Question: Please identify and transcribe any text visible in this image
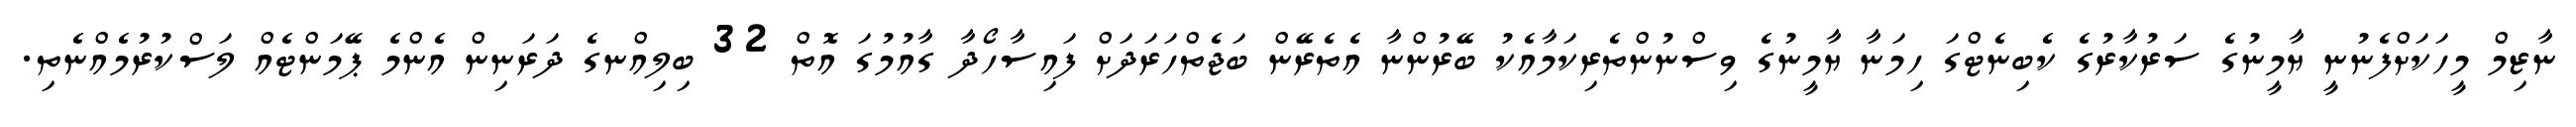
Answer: ނާޒިމް މީހަކަށްފެނުނީ ޔާމީނުގެ ސަރުކާރުގެ ކެބިނެޓްގަ ހިމަނާ ޔާމީނުގެ ވިސްނުންތެރިކަމާއެކު ބޭރުންނާ އެތެރޭން ބަޖެތްހަރަދަށް ފައިސާހޯދާ ގާއުމުގަ އޮތް 32 ބިލިއްނގެ ދަރަނިން އެންމެ ޕޭމަންޓެއް ލަސްކުރުމެއްނެތި.